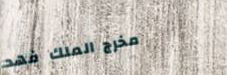
مخرج الملك فهد